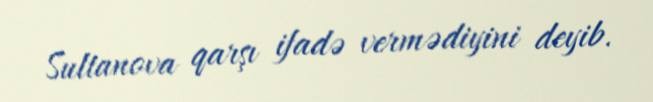
Sultanova qarşı ifadə vermədiyini deyib.